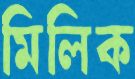
মিলিক